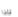
لماذا